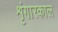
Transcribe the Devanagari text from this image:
शृंगारकाल